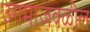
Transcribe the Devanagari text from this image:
उगमाजवळील